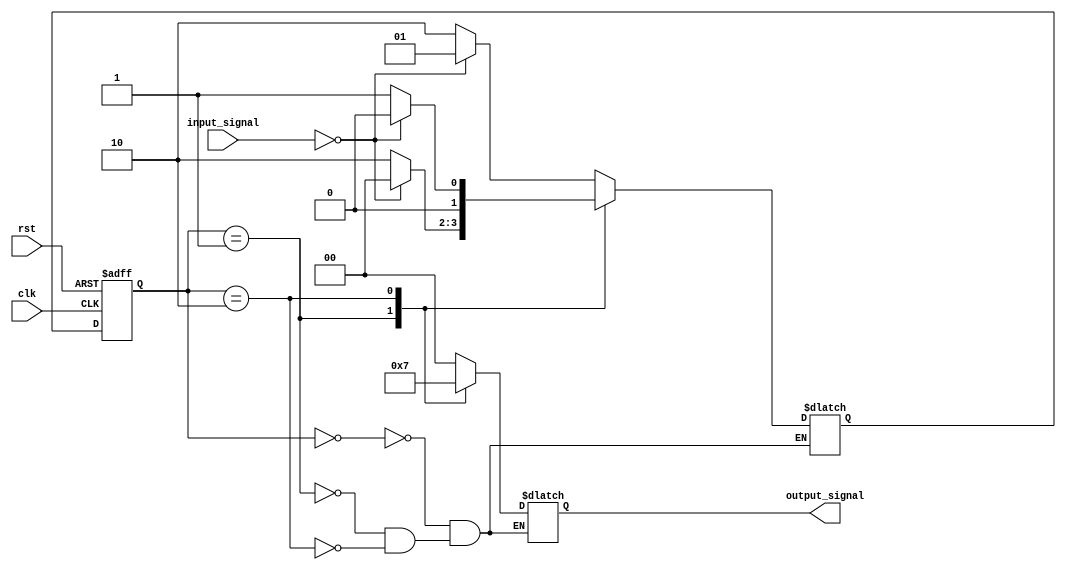
module hierarchical_fsm (
    input wire clk,
    input wire rst,
    input wire [1:0] input_signal,
    output reg [1:0] output_signal
);

// Define states of the system
parameter STATE_A = 2'b00;
parameter STATE_B = 2'b01;
parameter STATE_C = 2'b10;

// Define internal signals
reg [1:0] current_state, next_state;

// Define state transition logic
always @ (posedge clk or posedge rst) begin
    if (rst) begin
        current_state <= STATE_A;
    end else begin
        current_state <= next_state;
    end
end

// Define next state logic based on current state and input signals
always @ (*) begin
    case (current_state)
        STATE_A: begin
            if (input_signal == 2'b00) begin
                next_state = STATE_B;
            end else begin
                next_state = STATE_C;
            end
        end

        STATE_B: begin
            if (input_signal == 2'b00) begin
                next_state = STATE_A;
            end else begin
                next_state = STATE_C;
            end
        end

        STATE_C: begin
            if (input_signal == 2'b00) begin
                next_state = STATE_A;
            end else begin
                next_state = STATE_B;
            end
        end
    endcase
end

// Define output signals based on current state
always @ (*) begin
    case (current_state)
        STATE_A: output_signal = 2'b00;
        STATE_B: output_signal = 2'b01;
        STATE_C: output_signal = 2'b11;
    endcase
end

endmodule